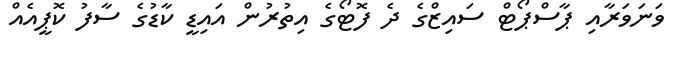
ވަނަވަރާއި ޕާސްޕޯޓް ސައިޒްގެ ދެ ފޮޓޯގެ އިތުރުން އައިޑީ ކާޑުގެ ސާފު ކޮޕީއެއް